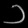
Digit: ၁